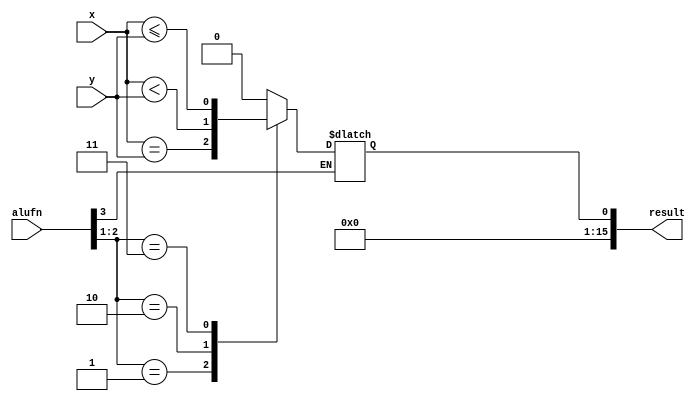
/*
   This file was generated automatically by Alchitry Labs version 1.2.7.
   Do not edit this file directly. Instead edit the original Lucid source.
   This is a temporary file and any changes made to it will be destroyed.
*/

module comparator16_19 (
    input [15:0] x,
    input [15:0] y,
    input [5:0] alufn,
    output reg [15:0] result
  );
  
  
  
  always @* begin
    result[1+14-:15] = 15'h0000;
    
    case (alufn[3+0-:1])
      1'h0: begin
        
        case (alufn[1+1-:2])
          2'h0: begin
            result[0+0-:1] = 1'h0;
          end
          2'h1: begin
            result[0+0-:1] = (x == y);
          end
          2'h2: begin
            result[0+0-:1] = (x < y);
          end
          2'h3: begin
            result[0+0-:1] = (x <= y);
          end
          default: begin
            result[0+0-:1] = 1'h0;
          end
        endcase
      end
    endcase
  end
endmodule